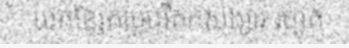
យកខ្សែកាបូបរឹតកសង្សារ រហូត